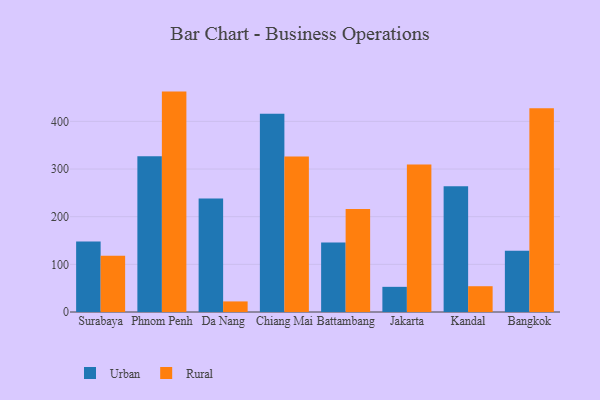
{"axis": {"x": "City", "y": "Headcount"}, "legend": ["Rural", "Urban"], "data": [{"x": "Surabaya", "y": 147.9, "type": "Urban"}, {"x": "Surabaya", "y": 117.8, "type": "Rural"}, {"x": "Phnom Penh", "y": 326.6, "type": "Urban"}, {"x": "Phnom Penh", "y": 462.5, "type": "Rural"}, {"x": "Da Nang", "y": 238.2, "type": "Urban"}, {"x": "Da Nang", "y": 22.2, "type": "Rural"}, {"x": "Chiang Mai", "y": 416.0, "type": "Urban"}, {"x": "Chiang Mai", "y": 326.1, "type": "Rural"}, {"x": "Battambang", "y": 146.0, "type": "Urban"}, {"x": "Battambang", "y": 215.9, "type": "Rural"}, {"x": "Jakarta", "y": 52.8, "type": "Urban"}, {"x": "Jakarta", "y": 309.6, "type": "Rural"}, {"x": "Kandal", "y": 264.1, "type": "Urban"}, {"x": "Kandal", "y": 54.1, "type": "Rural"}, {"x": "Bangkok", "y": 128.4, "type": "Urban"}, {"x": "Bangkok", "y": 427.4, "type": "Rural"}]}